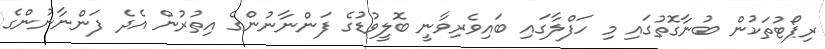
ރިޕޯޓުތަކުން ބުނާގޮތުގައި މި ހަފްލާގައި ބައިވެރިވާނީ ބޮލީވުޑުގެ ފަންނާނުންގެ އިތުރުން އެދެ ފަންނާނުންގެ